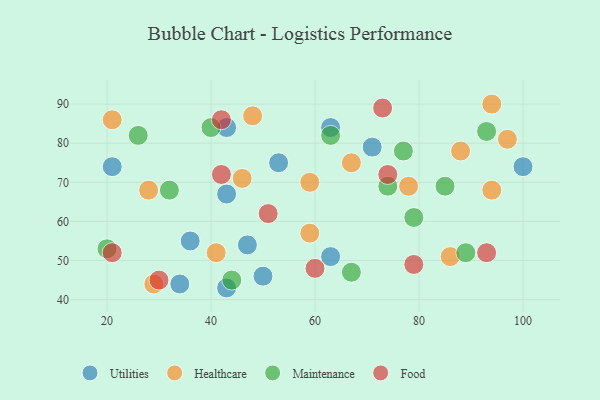
{"axis": {"x": "GDP", "y": "Life Expectancy"}, "legend": ["Food", "Healthcare", "Maintenance", "Utilities"], "data": [{"x": "47", "y": 54, "type": "Utilities"}, {"x": "63", "y": 84, "type": "Utilities"}, {"x": "34", "y": 44, "type": "Utilities"}, {"x": "43", "y": 84, "type": "Utilities"}, {"x": "63", "y": 51, "type": "Utilities"}, {"x": "36", "y": 55, "type": "Utilities"}, {"x": "50", "y": 46, "type": "Utilities"}, {"x": "100", "y": 74, "type": "Utilities"}, {"x": "53", "y": 75, "type": "Utilities"}, {"x": "43", "y": 67, "type": "Utilities"}, {"x": "71", "y": 79, "type": "Utilities"}, {"x": "43", "y": 43, "type": "Utilities"}, {"x": "21", "y": 74, "type": "Utilities"}, {"x": "21", "y": 86, "type": "Healthcare"}, {"x": "41", "y": 52, "type": "Healthcare"}, {"x": "88", "y": 78, "type": "Healthcare"}, {"x": "59", "y": 70, "type": "Healthcare"}, {"x": "86", "y": 51, "type": "Healthcare"}, {"x": "28", "y": 68, "type": "Healthcare"}, {"x": "94", "y": 68, "type": "Healthcare"}, {"x": "94", "y": 90, "type": "Healthcare"}, {"x": "67", "y": 75, "type": "Healthcare"}, {"x": "48", "y": 87, "type": "Healthcare"}, {"x": "78", "y": 69, "type": "Healthcare"}, {"x": "59", "y": 57, "type": "Healthcare"}, {"x": "97", "y": 81, "type": "Healthcare"}, {"x": "46", "y": 71, "type": "Healthcare"}, {"x": "29", "y": 44, "type": "Healthcare"}, {"x": "26", "y": 82, "type": "Maintenance"}, {"x": "77", "y": 78, "type": "Maintenance"}, {"x": "63", "y": 82, "type": "Maintenance"}, {"x": "32", "y": 68, "type": "Maintenance"}, {"x": "67", "y": 47, "type": "Maintenance"}, {"x": "93", "y": 83, "type": "Maintenance"}, {"x": "89", "y": 52, "type": "Maintenance"}, {"x": "85", "y": 69, "type": "Maintenance"}, {"x": "79", "y": 61, "type": "Maintenance"}, {"x": "20", "y": 53, "type": "Maintenance"}, {"x": "74", "y": 69, "type": "Maintenance"}, {"x": "44", "y": 45, "type": "Maintenance"}, {"x": "40", "y": 84, "type": "Maintenance"}, {"x": "73", "y": 89, "type": "Food"}, {"x": "30", "y": 45, "type": "Food"}, {"x": "93", "y": 52, "type": "Food"}, {"x": "21", "y": 52, "type": "Food"}, {"x": "51", "y": 62, "type": "Food"}, {"x": "79", "y": 49, "type": "Food"}, {"x": "42", "y": 72, "type": "Food"}, {"x": "42", "y": 86, "type": "Food"}, {"x": "60", "y": 48, "type": "Food"}, {"x": "74", "y": 72, "type": "Food"}]}